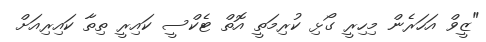
"ޒީވް އަހަރެން މިހިރީ ގޯޅި ކުރިމަތީ އޮތް ޓެކްސީ ކައިރީ ތިތާ ކައިރިއަށް